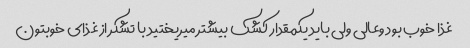
غذا خوب بود وعالی ولی باید یکمقدار کشک بیشتر میریختید با تشکر از غذای خوبتون